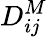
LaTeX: D_{ij}^{M}